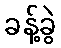
ခန့်ခွဲ